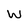
Character: w